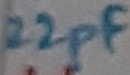
Text: 22pF